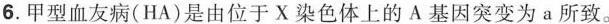
6.甲型血友病(HA)是由位于X染色体上的A基因突变为a所致。